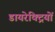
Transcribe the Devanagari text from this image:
डायरेक्ट्रियों